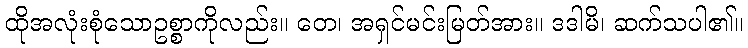
ထိုအလုံးစုံသောဥစ္စာကိုလည်း။ တေ၊ အရှင်မင်းမြတ်အား။ ဒဒါမိ၊ ဆက်သပါ၏။